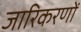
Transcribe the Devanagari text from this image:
जारिकरणों